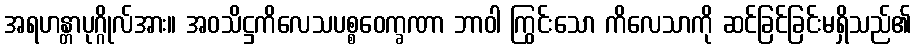
အရဟန္တာပုဂ္ဂိုလ်အား။ အဝသိဋ္ဌကိလေသပစ္စဝေက္ခဏာ ဘာဝါ ကြွင်းသော ကိလေသာကို ဆင်ခြင်ခြင်းမရှိသည်၏